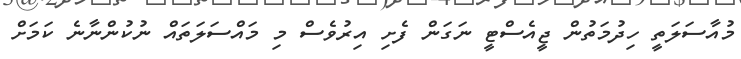
މުއާސަލަތީ ހިދުމަތުން ޖީއެސްޓީ ނަގަން ފެށި އިރުވެސް މި މައްސަލަތައް ނުކުންނާނެ ކަމަށް